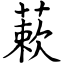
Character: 蔌